Civil Veterinary Department Bihar & Orissa reports 1929-36 - 1929-1936
Year: 1929
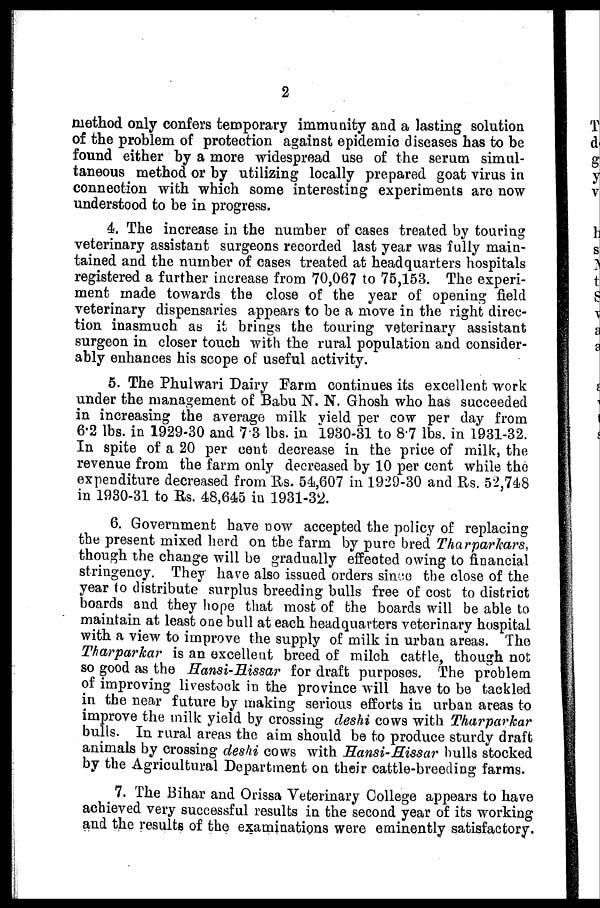
2
method only confers temporary immunity and a lasting solution
of the problem of protection against epidemic diseases has to be
found either by a more widespread use of the serum simul-
taneous method or by utilizing locally prepared goat virus in
connection with which some interesting experiments are now
understood to be in progress.
4. The increase in the number of cases treated by touring
veterinary assistant surgeons recorded last year was fully main-
tained and the number of cases treated at headquarters hospitals
registered a further increase from 70,067 to 75,153. The experi-
ment made towards the close of the year of opening field
veterinary dispensaries appears to be a move in the right direc-
tion inasmuch as it brings the touring veterinary assistant
surgeon in closer touch with the rural population and consider-
ably enhances his scope of useful activity.
5. The Phulwari Dairy Farm continues its excellent work
under the management of Babu N. N. Ghosh who has succeeded
in increasing the average milk yield per cow per day from
6.2 lbs. in 1929-30 and 7.3 lbs. in 1930-31 to 8.7 lbs. in 1931-32.
In spite of a 20 per cent decrease in the price of milk, the
revenue from the farm only decreased by 10 per cent while the
expenditure decreased fromRs. 54,607 in 1929-30 and Rs. 52,748
in 1930-31 to Rs. 48,645 in 1931-32.
6. Government have now accepted the policy of replacing
the present mixed herd on the farm by pure bred Tharparkars,
though the change will be gradually effected owing to financial
stringency. They have also issued orders since the close of the
year to distribute surplus breeding bulls free of cost to district
boards and they hope that most of the boards will be able to
maintain at least one bull at each headquarters veterinary hospital
with a view to improve the supply of milk in urban areas. The
Tharparkar is an excellent breed of milch cattle, though not
so good as the Hansi-Hissar for draft purposes. The problem
of improving livestock in the province will have to be tackled
in the near future by making serious efforts in urban areas to
improve the milk yield by crossing deshi cows with Tharparkar
bulls. In rural areas the aim should be to produce sturdy draft
animals by crossing deshi cows with Hansi-Hissar hulls stocked
by the Agricultural Department on their cattle-breeding farms.
7. The Bihar and Orissa Veterinary College appears to have
achieved very successful results in the second year of its working
and the results of the examinations were eminently satisfactory.